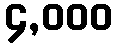
၄,၀၀၀